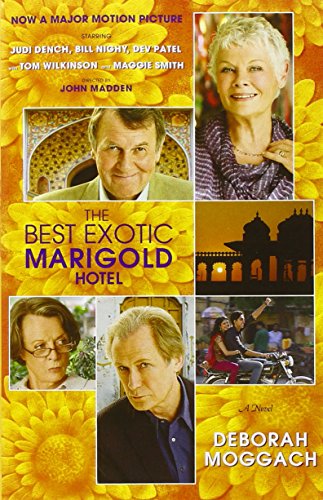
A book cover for The Best Exotic Marigold Hotel: A Novel (Random House Movie Tie-In Books); Deborah Moggach; Literature & Fiction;